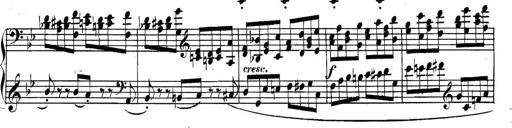
Title: Collected Piano Sonatas
Composer: Muzio Clementi